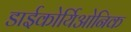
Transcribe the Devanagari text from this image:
डाईकोर्यिओनिक